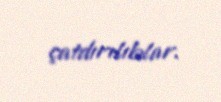
çatdırılıblar.